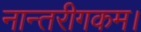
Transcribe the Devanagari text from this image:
नान्तरीगकम।